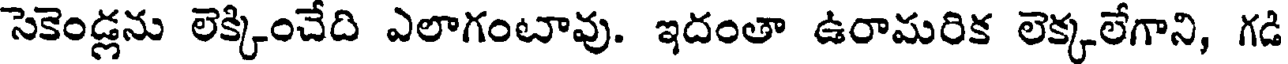
సెకెండ్లను లెక్కించేది ఎలాగంటావు. ఇదంతా ఉరామరిక లెక్కలేగాని, గడి